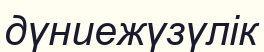
дүниежүзүлік